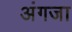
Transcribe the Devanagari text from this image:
अंगजा